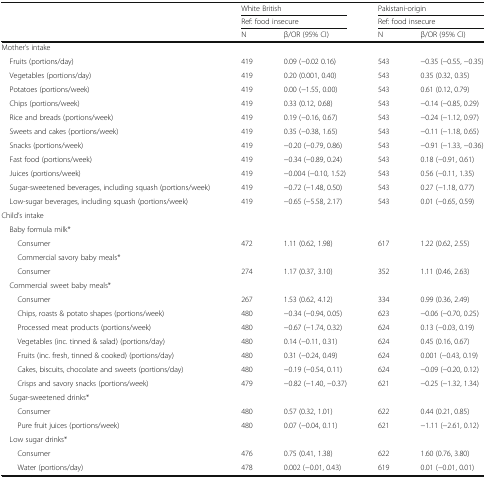
<table><thead><tr><td rowspan="3"></td><td colspan="2"><b>White British</b></td><td colspan="2"><b>Pakistani-origin</b></td></tr><tr><td colspan="2"><b>Ref: food insecure</b></td><td colspan="2"><b>Ref: food insecure</b></td></tr><tr><td><b>N</b></td><td><b>β/OR (95% CI)</b></td><td><b>N</b></td><td><b>β/OR (95% CI)</b></td></tr></thead><tbody><tr><td colspan="5">Mother’s intake</td></tr><tr><td> Fruits (portions/day)</td><td>419</td><td>0.09 (−0.02 0.16)</td><td>543</td><td>−0.35 (−0.55, −0.35)</td></tr><tr><td> Vegetables (portions/day)</td><td>419</td><td>0.20 (0.001, 0.40)</td><td>543</td><td>0.35 (0.32, 0.35)</td></tr><tr><td> Potatoes (portions/week)</td><td>419</td><td>0.00 (−1.55, 0.00)</td><td>543</td><td>0.61 (0.12, 0.79)</td></tr><tr><td> Chips (portions/week)</td><td>419</td><td>0.33 (0.12, 0.68)</td><td>543</td><td>−0.14 (−0.85, 0.29)</td></tr><tr><td> Rice and breads (portions/week)</td><td>419</td><td>0.19 (−0.16, 0.67)</td><td>543</td><td>−0.24 (−1.12, 0.97)</td></tr><tr><td> Sweets and cakes (portions/week)</td><td>419</td><td>0.35 (−0.38, 1.65)</td><td>543</td><td>−0.11 (−1.18, 0.65)</td></tr><tr><td> Snacks (portions/week)</td><td>419</td><td>−0.20 (−0.79, 0.86)</td><td>543</td><td>−0.91 (−1.33, −0.36)</td></tr><tr><td> Fast food (portions/week)</td><td>419</td><td>−0.34 (−0.89, 0.24)</td><td>543</td><td>0.18 (−0.91, 0.61)</td></tr><tr><td> Juices (portions/week)</td><td>419</td><td>−0.004 (−0.10, 1.52)</td><td>543</td><td>0.56 (−0.11, 1.35)</td></tr><tr><td> Sugar-sweetened beverages, including squash (portions/week)</td><td>419</td><td>−0.72 (−1.48, 0.50)</td><td>543</td><td>0.27 (−1.18, 0.77)</td></tr><tr><td> Low-sugar beverages, including squash (portions/week)</td><td>419</td><td>−0.65 (−5.58, 2.17)</td><td>543</td><td>0.01 (−0.65, 0.59)</td></tr><tr><td colspan="5">Child’s intake</td></tr><tr><td colspan="5"> Baby formula milk*</td></tr><tr><td>Consumer</td><td>472</td><td>1.11 (0.62, 1.98)</td><td>617</td><td>1.22 (0.62, 2.55)</td></tr><tr><td>Commercial savory baby meals*</td><td></td><td></td><td></td><td></td></tr><tr><td>Consumer</td><td>274</td><td>1.17 (0.37, 3.10)</td><td>352</td><td>1.11 (0.46, 2.63)</td></tr><tr><td colspan="5"> Commercial sweet baby meals*</td></tr><tr><td>Consumer</td><td>267</td><td>1.53 (0.62, 4.12)</td><td>334</td><td>0.99 (0.36, 2.49)</td></tr><tr><td>Chips, roasts &amp; potato shapes (portions/week)</td><td>480</td><td>−0.34 (−0.94, 0.05)</td><td>623</td><td>−0.06 (−0.70, 0.25)</td></tr><tr><td>Processed meat products (portions/week)</td><td>480</td><td>−0.67 (−1.74, 0.32)</td><td>624</td><td>0.13 (−0.03, 0.19)</td></tr><tr><td>Vegetables (inc. tinned &amp; salad) (portions/day)</td><td>480</td><td>0.14 (−0.11, 0.31)</td><td>624</td><td>0.45 (0.16, 0.67)</td></tr><tr><td>Fruits (inc. fresh, tinned &amp; cooked) (portions/day)</td><td>480</td><td>0.31 (−0.24, 0.49)</td><td>624</td><td>0.001 (−0.43, 0.19)</td></tr><tr><td>Cakes, biscuits, chocolate and sweets (portions/day)</td><td>480</td><td>−0.19 (−0.54, 0.11)</td><td>624</td><td>−0.09 (−0.20, 0.12)</td></tr><tr><td>Crisps and savory snacks (portions/week)</td><td>479</td><td>−0.82 (−1.40, −0.37)</td><td>621</td><td>−0.25 (−1.32, 1.34)</td></tr><tr><td colspan="5"> Sugar-sweetened drinks*</td></tr><tr><td>Consumer</td><td>480</td><td>0.57 (0.32, 1.01)</td><td>622</td><td>0.44 (0.21, 0.85)</td></tr><tr><td>Pure fruit juices (portions/week)</td><td>480</td><td>0.07 (−0.04, 0.11)</td><td>621</td><td>−1.11 (−2.61, 0.12)</td></tr><tr><td colspan="5"> Low sugar drinks*</td></tr><tr><td>Consumer</td><td>476</td><td>0.75 (0.41, 1.38)</td><td>622</td><td>1.60 (0.76, 3.80)</td></tr><tr><td>Water (portions/day)</td><td>478</td><td>0.002 (−0.01, 0.43)</td><td>619</td><td>0.01 (−0.01, 0.01)</td></tr></tbody></table>